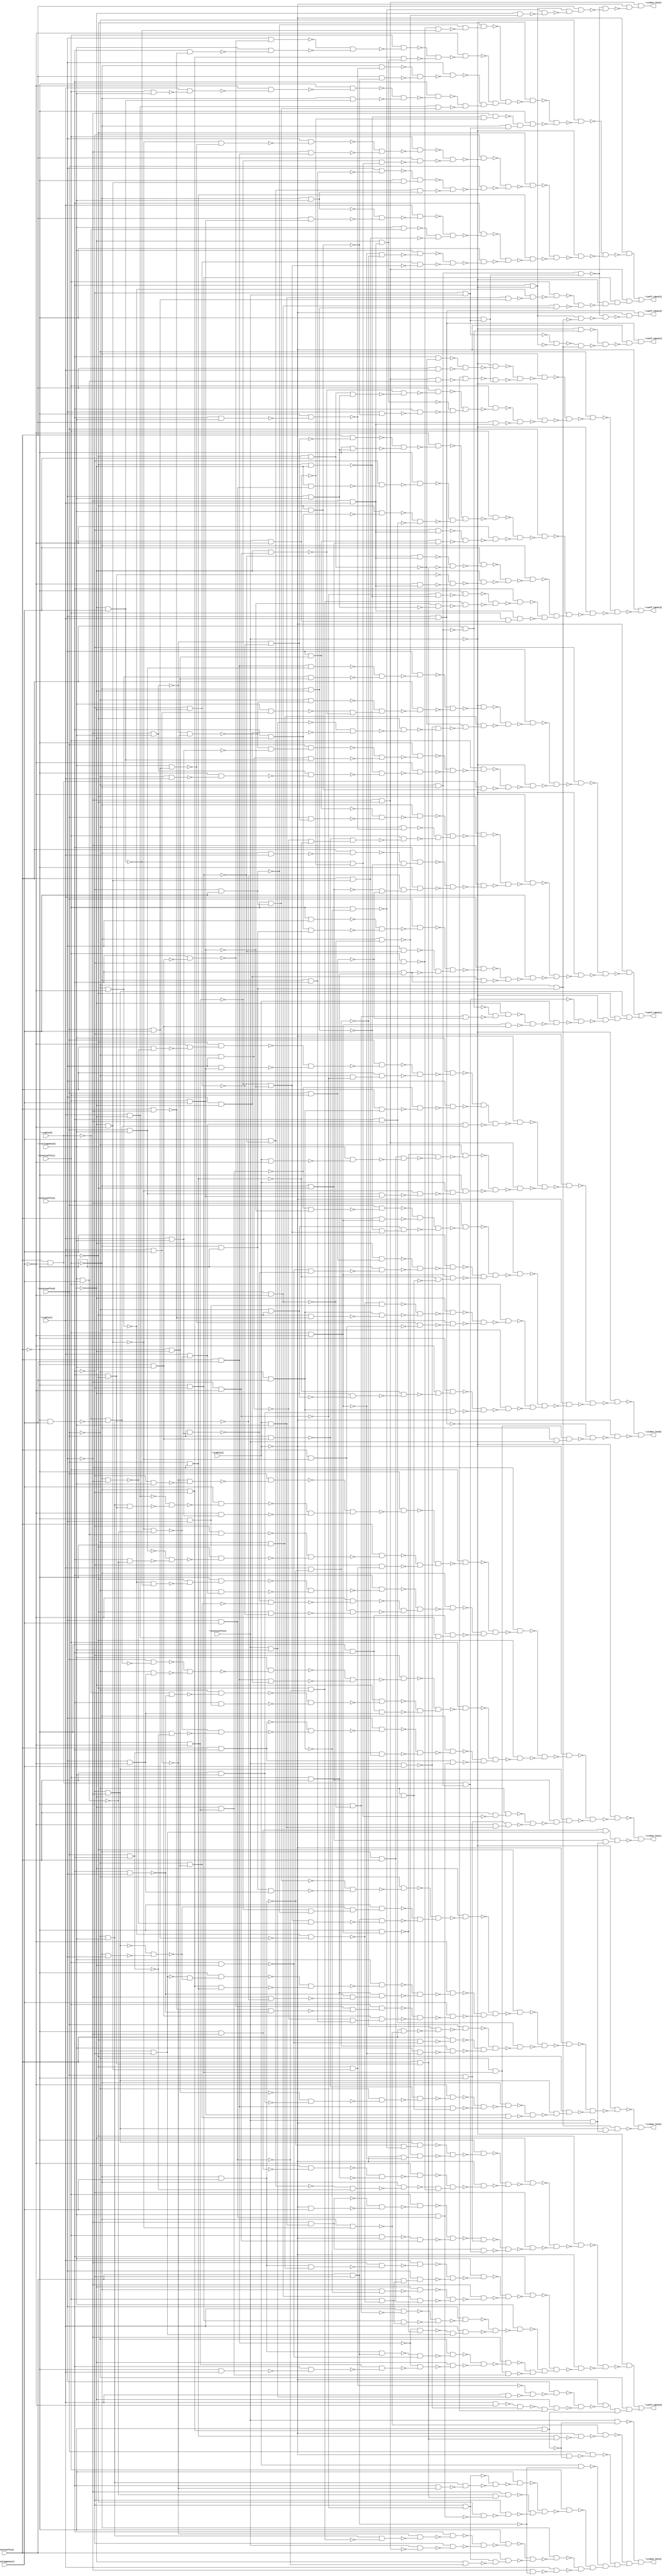
// Benchmark "top" written by ABC on Thu Oct  8 22:51:57 2020

module top ( 
    \totalcoeffs[0] , \totalcoeffs[1] , \totalcoeffs[2] , \totalcoeffs[3] ,
    \totalcoeffs[4] , \ctable[0] , \ctable[1] , \ctable[2] ,
    \trailingones[0] , \trailingones[1] ,
    \coeff_token[0] , \coeff_token[1] , \coeff_token[2] , \coeff_token[3] ,
    \coeff_token[4] , \coeff_token[5] , \ctoken_len[0] , \ctoken_len[1] ,
    \ctoken_len[2] , \ctoken_len[3] , \ctoken_len[4]   );
  input  \totalcoeffs[0] , \totalcoeffs[1] , \totalcoeffs[2] ,
    \totalcoeffs[3] , \totalcoeffs[4] , \ctable[0] , \ctable[1] ,
    \ctable[2] , \trailingones[0] , \trailingones[1] ;
  output \coeff_token[0] , \coeff_token[1] , \coeff_token[2] ,
    \coeff_token[3] , \coeff_token[4] , \coeff_token[5] , \ctoken_len[0] ,
    \ctoken_len[1] , \ctoken_len[2] , \ctoken_len[3] , \ctoken_len[4] ;
  wire new_n22_, new_n23_, new_n24_, new_n25_, new_n26_, new_n27_, new_n28_,
    new_n29_, new_n30_, new_n31_, new_n32_, new_n33_, new_n34_, new_n35_,
    new_n36_, new_n37_, new_n38_, new_n39_, new_n40_, new_n41_, new_n42_,
    new_n43_, new_n44_, new_n45_, new_n46_, new_n47_, new_n48_, new_n49_,
    new_n50_, new_n51_, new_n52_, new_n53_, new_n54_, new_n55_, new_n56_,
    new_n57_, new_n58_, new_n59_, new_n60_, new_n61_, new_n62_, new_n63_,
    new_n64_, new_n65_, new_n66_, new_n67_, new_n68_, new_n69_, new_n70_,
    new_n71_, new_n72_, new_n73_, new_n74_, new_n75_, new_n76_, new_n77_,
    new_n78_, new_n79_, new_n80_, new_n81_, new_n82_, new_n83_, new_n84_,
    new_n85_, new_n86_, new_n87_, new_n88_, new_n89_, new_n90_, new_n91_,
    new_n92_, new_n93_, new_n94_, new_n95_, new_n96_, new_n97_, new_n98_,
    new_n99_, new_n100_, new_n101_, new_n102_, new_n103_, new_n104_,
    new_n105_, new_n106_, new_n107_, new_n108_, new_n109_, new_n110_,
    new_n111_, new_n112_, new_n113_, new_n114_, new_n115_, new_n116_,
    new_n117_, new_n118_, new_n119_, new_n120_, new_n121_, new_n122_,
    new_n123_, new_n124_, new_n125_, new_n126_, new_n127_, new_n128_,
    new_n129_, new_n130_, new_n131_, new_n132_, new_n133_, new_n134_,
    new_n135_, new_n136_, new_n137_, new_n138_, new_n139_, new_n140_,
    new_n141_, new_n142_, new_n144_, new_n145_, new_n146_, new_n147_,
    new_n148_, new_n149_, new_n150_, new_n151_, new_n152_, new_n153_,
    new_n154_, new_n155_, new_n156_, new_n157_, new_n158_, new_n159_,
    new_n160_, new_n161_, new_n162_, new_n163_, new_n164_, new_n165_,
    new_n166_, new_n167_, new_n168_, new_n169_, new_n170_, new_n171_,
    new_n172_, new_n173_, new_n174_, new_n175_, new_n176_, new_n177_,
    new_n178_, new_n179_, new_n180_, new_n181_, new_n182_, new_n183_,
    new_n184_, new_n185_, new_n186_, new_n187_, new_n188_, new_n189_,
    new_n190_, new_n191_, new_n192_, new_n193_, new_n194_, new_n195_,
    new_n196_, new_n197_, new_n198_, new_n199_, new_n200_, new_n201_,
    new_n202_, new_n203_, new_n204_, new_n205_, new_n206_, new_n207_,
    new_n208_, new_n209_, new_n210_, new_n211_, new_n212_, new_n213_,
    new_n214_, new_n215_, new_n216_, new_n217_, new_n218_, new_n219_,
    new_n220_, new_n221_, new_n222_, new_n223_, new_n224_, new_n225_,
    new_n226_, new_n227_, new_n228_, new_n229_, new_n230_, new_n231_,
    new_n232_, new_n233_, new_n234_, new_n235_, new_n236_, new_n237_,
    new_n238_, new_n239_, new_n240_, new_n241_, new_n242_, new_n243_,
    new_n244_, new_n245_, new_n246_, new_n247_, new_n248_, new_n249_,
    new_n250_, new_n251_, new_n252_, new_n253_, new_n255_, new_n256_,
    new_n257_, new_n258_, new_n259_, new_n260_, new_n261_, new_n262_,
    new_n263_, new_n264_, new_n265_, new_n266_, new_n267_, new_n268_,
    new_n269_, new_n270_, new_n271_, new_n272_, new_n273_, new_n274_,
    new_n275_, new_n276_, new_n277_, new_n278_, new_n279_, new_n280_,
    new_n281_, new_n282_, new_n283_, new_n284_, new_n285_, new_n286_,
    new_n287_, new_n288_, new_n289_, new_n290_, new_n291_, new_n292_,
    new_n293_, new_n294_, new_n295_, new_n296_, new_n297_, new_n298_,
    new_n299_, new_n300_, new_n301_, new_n302_, new_n303_, new_n304_,
    new_n305_, new_n306_, new_n307_, new_n308_, new_n309_, new_n310_,
    new_n311_, new_n312_, new_n313_, new_n314_, new_n315_, new_n316_,
    new_n317_, new_n318_, new_n319_, new_n320_, new_n321_, new_n322_,
    new_n323_, new_n324_, new_n325_, new_n326_, new_n327_, new_n328_,
    new_n329_, new_n330_, new_n331_, new_n332_, new_n333_, new_n334_,
    new_n335_, new_n336_, new_n337_, new_n338_, new_n339_, new_n340_,
    new_n341_, new_n342_, new_n343_, new_n344_, new_n345_, new_n346_,
    new_n347_, new_n348_, new_n349_, new_n350_, new_n352_, new_n353_,
    new_n354_, new_n355_, new_n356_, new_n357_, new_n358_, new_n359_,
    new_n360_, new_n361_, new_n362_, new_n363_, new_n364_, new_n365_,
    new_n366_, new_n367_, new_n368_, new_n369_, new_n370_, new_n371_,
    new_n372_, new_n373_, new_n374_, new_n375_, new_n376_, new_n377_,
    new_n378_, new_n379_, new_n380_, new_n381_, new_n382_, new_n383_,
    new_n384_, new_n385_, new_n386_, new_n387_, new_n388_, new_n389_,
    new_n390_, new_n391_, new_n392_, new_n393_, new_n394_, new_n395_,
    new_n396_, new_n397_, new_n398_, new_n399_, new_n400_, new_n401_,
    new_n402_, new_n403_, new_n404_, new_n405_, new_n406_, new_n407_,
    new_n408_, new_n409_, new_n410_, new_n411_, new_n412_, new_n413_,
    new_n414_, new_n415_, new_n416_, new_n417_, new_n418_, new_n419_,
    new_n420_, new_n422_, new_n423_, new_n424_, new_n425_, new_n426_,
    new_n427_, new_n428_, new_n430_, new_n431_, new_n432_, new_n433_,
    new_n435_, new_n436_, new_n437_, new_n438_, new_n439_, new_n440_,
    new_n441_, new_n442_, new_n443_, new_n444_, new_n445_, new_n446_,
    new_n447_, new_n448_, new_n449_, new_n450_, new_n451_, new_n452_,
    new_n453_, new_n454_, new_n455_, new_n456_, new_n457_, new_n458_,
    new_n459_, new_n460_, new_n461_, new_n462_, new_n463_, new_n464_,
    new_n465_, new_n466_, new_n467_, new_n468_, new_n469_, new_n470_,
    new_n471_, new_n472_, new_n473_, new_n474_, new_n475_, new_n476_,
    new_n477_, new_n478_, new_n479_, new_n480_, new_n481_, new_n482_,
    new_n483_, new_n484_, new_n485_, new_n486_, new_n487_, new_n488_,
    new_n489_, new_n490_, new_n491_, new_n492_, new_n493_, new_n494_,
    new_n495_, new_n496_, new_n497_, new_n498_, new_n499_, new_n500_,
    new_n501_, new_n502_, new_n503_, new_n504_, new_n505_, new_n506_,
    new_n507_, new_n508_, new_n509_, new_n510_, new_n511_, new_n512_,
    new_n513_, new_n514_, new_n515_, new_n516_, new_n517_, new_n518_,
    new_n520_, new_n521_, new_n522_, new_n523_, new_n524_, new_n525_,
    new_n526_, new_n527_, new_n528_, new_n529_, new_n530_, new_n531_,
    new_n532_, new_n533_, new_n534_, new_n535_, new_n536_, new_n537_,
    new_n538_, new_n539_, new_n540_, new_n541_, new_n542_, new_n543_,
    new_n544_, new_n545_, new_n546_, new_n547_, new_n548_, new_n549_,
    new_n550_, new_n551_, new_n552_, new_n553_, new_n554_, new_n555_,
    new_n556_, new_n557_, new_n558_, new_n559_, new_n560_, new_n561_,
    new_n562_, new_n563_, new_n564_, new_n565_, new_n566_, new_n567_,
    new_n568_, new_n569_, new_n570_, new_n571_, new_n572_, new_n573_,
    new_n574_, new_n575_, new_n576_, new_n577_, new_n578_, new_n579_,
    new_n580_, new_n581_, new_n582_, new_n583_, new_n584_, new_n585_,
    new_n586_, new_n587_, new_n588_, new_n589_, new_n590_, new_n591_,
    new_n592_, new_n593_, new_n594_, new_n595_, new_n596_, new_n597_,
    new_n598_, new_n599_, new_n600_, new_n601_, new_n602_, new_n603_,
    new_n604_, new_n605_, new_n607_, new_n608_, new_n609_, new_n610_,
    new_n611_, new_n612_, new_n613_, new_n614_, new_n615_, new_n616_,
    new_n617_, new_n618_, new_n619_, new_n620_, new_n621_, new_n622_,
    new_n623_, new_n624_, new_n625_, new_n626_, new_n627_, new_n628_,
    new_n629_, new_n630_, new_n631_, new_n632_, new_n633_, new_n634_,
    new_n635_, new_n636_, new_n637_, new_n638_, new_n639_, new_n640_,
    new_n641_, new_n642_, new_n643_, new_n644_, new_n645_, new_n646_,
    new_n647_, new_n648_, new_n649_, new_n650_, new_n651_, new_n652_,
    new_n653_, new_n654_, new_n655_, new_n656_, new_n657_, new_n658_,
    new_n659_, new_n660_, new_n661_, new_n662_, new_n663_, new_n664_,
    new_n665_, new_n666_, new_n667_, new_n669_, new_n670_, new_n671_,
    new_n672_, new_n673_, new_n674_, new_n675_, new_n676_, new_n677_,
    new_n678_, new_n679_, new_n680_, new_n681_, new_n682_, new_n683_,
    new_n684_, new_n685_, new_n686_, new_n687_, new_n688_, new_n689_,
    new_n690_, new_n691_, new_n692_, new_n693_, new_n694_, new_n695_,
    new_n696_, new_n697_, new_n698_, new_n699_, new_n700_, new_n701_,
    new_n702_, new_n703_, new_n704_, new_n705_, new_n706_, new_n708_,
    new_n709_, new_n710_, new_n711_, new_n712_, new_n713_;
  assign new_n22_ = ~\totalcoeffs[3]  & ~\ctable[0] ;
  assign new_n23_ = ~\totalcoeffs[1]  & \trailingones[1] ;
  assign new_n24_ = ~\totalcoeffs[0]  & \trailingones[1] ;
  assign new_n25_ = \totalcoeffs[1]  & ~new_n24_;
  assign new_n26_ = ~new_n23_ & ~new_n25_;
  assign new_n27_ = new_n22_ & new_n26_;
  assign new_n28_ = \totalcoeffs[0]  & ~\trailingones[1] ;
  assign new_n29_ = ~\totalcoeffs[1]  & ~new_n28_;
  assign new_n30_ = \totalcoeffs[1]  & ~\trailingones[1] ;
  assign new_n31_ = ~\ctable[2]  & ~new_n30_;
  assign new_n32_ = ~new_n29_ & new_n31_;
  assign new_n33_ = ~new_n27_ & ~new_n32_;
  assign new_n34_ = ~\totalcoeffs[2]  & ~new_n33_;
  assign new_n35_ = ~\totalcoeffs[2]  & ~\ctable[0] ;
  assign new_n36_ = ~\totalcoeffs[0]  & ~new_n35_;
  assign new_n37_ = \totalcoeffs[1]  & \totalcoeffs[2] ;
  assign new_n38_ = ~new_n36_ & ~new_n37_;
  assign new_n39_ = ~\trailingones[1]  & ~new_n38_;
  assign new_n40_ = ~\totalcoeffs[2]  & ~\totalcoeffs[3] ;
  assign new_n41_ = \trailingones[1]  & ~new_n40_;
  assign new_n42_ = \totalcoeffs[0]  & \totalcoeffs[3] ;
  assign new_n43_ = ~new_n41_ & ~new_n42_;
  assign new_n44_ = ~\totalcoeffs[1]  & ~new_n43_;
  assign new_n45_ = \totalcoeffs[1]  & ~\totalcoeffs[3] ;
  assign new_n46_ = ~new_n44_ & ~new_n45_;
  assign new_n47_ = ~new_n39_ & new_n46_;
  assign new_n48_ = ~\ctable[2]  & ~new_n47_;
  assign new_n49_ = ~new_n34_ & ~new_n48_;
  assign new_n50_ = ~\trailingones[0]  & ~new_n49_;
  assign new_n51_ = \ctable[2]  & \trailingones[0] ;
  assign new_n52_ = ~\ctable[0]  & new_n51_;
  assign new_n53_ = ~\ctable[2]  & \trailingones[1] ;
  assign new_n54_ = ~new_n52_ & ~new_n53_;
  assign new_n55_ = \totalcoeffs[1]  & ~new_n54_;
  assign new_n56_ = \totalcoeffs[1]  & ~\ctable[2] ;
  assign new_n57_ = ~\ctable[0]  & ~\trailingones[1] ;
  assign new_n58_ = ~new_n56_ & new_n57_;
  assign new_n59_ = ~new_n55_ & ~new_n58_;
  assign new_n60_ = \totalcoeffs[0]  & ~\totalcoeffs[2] ;
  assign new_n61_ = ~new_n59_ & new_n60_;
  assign new_n62_ = \totalcoeffs[2]  & ~\trailingones[1] ;
  assign new_n63_ = ~\totalcoeffs[0]  & ~\totalcoeffs[1] ;
  assign new_n64_ = new_n62_ & new_n63_;
  assign new_n65_ = new_n52_ & new_n64_;
  assign new_n66_ = ~new_n61_ & ~new_n65_;
  assign new_n67_ = ~\totalcoeffs[3]  & ~new_n66_;
  assign new_n68_ = ~new_n50_ & ~new_n67_;
  assign new_n69_ = ~\ctable[1]  & ~new_n68_;
  assign new_n70_ = ~\totalcoeffs[0]  & ~\totalcoeffs[2] ;
  assign new_n71_ = new_n23_ & new_n70_;
  assign new_n72_ = ~\ctable[0]  & ~new_n71_;
  assign new_n73_ = \ctable[1]  & ~new_n72_;
  assign new_n74_ = ~\totalcoeffs[0]  & ~\trailingones[1] ;
  assign new_n75_ = \totalcoeffs[0]  & \trailingones[1] ;
  assign new_n76_ = ~new_n74_ & ~new_n75_;
  assign new_n77_ = \totalcoeffs[1]  & ~new_n76_;
  assign new_n78_ = \totalcoeffs[2]  & new_n77_;
  assign new_n79_ = \ctable[0]  & new_n78_;
  assign new_n80_ = ~new_n73_ & ~new_n79_;
  assign new_n81_ = \trailingones[0]  & ~new_n80_;
  assign new_n82_ = ~\totalcoeffs[1]  & ~new_n24_;
  assign new_n83_ = ~\trailingones[0]  & ~new_n82_;
  assign new_n84_ = ~\totalcoeffs[1]  & \totalcoeffs[2] ;
  assign new_n85_ = new_n28_ & new_n84_;
  assign new_n86_ = ~new_n83_ & ~new_n85_;
  assign new_n87_ = ~\ctable[0]  & ~new_n86_;
  assign new_n88_ = ~new_n81_ & ~new_n87_;
  assign new_n89_ = \totalcoeffs[3]  & ~new_n88_;
  assign new_n90_ = ~\totalcoeffs[2]  & ~new_n28_;
  assign new_n91_ = \ctable[1]  & ~new_n90_;
  assign new_n92_ = new_n40_ & new_n77_;
  assign new_n93_ = ~new_n91_ & ~new_n92_;
  assign new_n94_ = \ctable[0]  & ~new_n93_;
  assign new_n95_ = \totalcoeffs[2]  & \trailingones[1] ;
  assign new_n96_ = ~\totalcoeffs[2]  & new_n30_;
  assign new_n97_ = ~new_n95_ & ~new_n96_;
  assign new_n98_ = ~\totalcoeffs[0]  & ~\totalcoeffs[3] ;
  assign new_n99_ = ~new_n97_ & new_n98_;
  assign new_n100_ = \ctable[1]  & new_n99_;
  assign new_n101_ = ~new_n94_ & ~new_n100_;
  assign new_n102_ = \trailingones[0]  & ~new_n101_;
  assign new_n103_ = \totalcoeffs[2]  & ~\totalcoeffs[3] ;
  assign new_n104_ = new_n23_ & new_n103_;
  assign new_n105_ = \totalcoeffs[1]  & ~\trailingones[0] ;
  assign new_n106_ = ~new_n104_ & ~new_n105_;
  assign new_n107_ = ~\totalcoeffs[0]  & ~new_n106_;
  assign new_n108_ = ~\totalcoeffs[1]  & ~\trailingones[1] ;
  assign new_n109_ = ~\totalcoeffs[2]  & \ctable[1] ;
  assign new_n110_ = \totalcoeffs[3]  & ~new_n109_;
  assign new_n111_ = new_n108_ & ~new_n110_;
  assign new_n112_ = ~new_n95_ & ~new_n111_;
  assign new_n113_ = ~\trailingones[0]  & ~new_n112_;
  assign new_n114_ = ~new_n107_ & ~new_n113_;
  assign new_n115_ = ~\ctable[0]  & ~new_n114_;
  assign new_n116_ = ~\totalcoeffs[0]  & new_n40_;
  assign new_n117_ = ~\trailingones[0]  & new_n108_;
  assign new_n118_ = new_n116_ & new_n117_;
  assign new_n119_ = ~new_n115_ & ~new_n118_;
  assign new_n120_ = ~new_n102_ & new_n119_;
  assign new_n121_ = ~new_n89_ & new_n120_;
  assign new_n122_ = ~\ctable[2]  & ~new_n121_;
  assign new_n123_ = ~new_n69_ & ~new_n122_;
  assign new_n124_ = ~\totalcoeffs[4]  & ~new_n123_;
  assign new_n125_ = ~\trailingones[0]  & ~\trailingones[1] ;
  assign new_n126_ = ~\ctable[1]  & new_n125_;
  assign new_n127_ = \totalcoeffs[4]  & \trailingones[0] ;
  assign new_n128_ = \ctable[1]  & new_n127_;
  assign new_n129_ = ~new_n126_ & ~new_n128_;
  assign new_n130_ = \ctable[0]  & ~new_n129_;
  assign new_n131_ = \ctable[1]  & ~\trailingones[1] ;
  assign new_n132_ = \totalcoeffs[4]  & \trailingones[1] ;
  assign new_n133_ = ~new_n131_ & ~new_n132_;
  assign new_n134_ = \ctable[0]  & \ctable[1] ;
  assign new_n135_ = ~new_n133_ & ~new_n134_;
  assign new_n136_ = ~\trailingones[0]  & new_n135_;
  assign new_n137_ = ~new_n130_ & ~new_n136_;
  assign new_n138_ = ~\ctable[2]  & ~new_n137_;
  assign new_n139_ = ~\totalcoeffs[1]  & ~\totalcoeffs[3] ;
  assign new_n140_ = ~\totalcoeffs[2]  & new_n139_;
  assign new_n141_ = new_n138_ & new_n140_;
  assign new_n142_ = ~\totalcoeffs[0]  & new_n141_;
  assign \coeff_token[0]  = new_n124_ | new_n142_;
  assign new_n144_ = \totalcoeffs[0]  & \trailingones[0] ;
  assign new_n145_ = new_n95_ & new_n144_;
  assign new_n146_ = ~\totalcoeffs[2]  & ~\trailingones[0] ;
  assign new_n147_ = new_n74_ & new_n146_;
  assign new_n148_ = ~new_n145_ & ~new_n147_;
  assign new_n149_ = \ctable[0]  & ~new_n148_;
  assign new_n150_ = ~\ctable[0]  & \trailingones[0] ;
  assign new_n151_ = \ctable[1]  & \trailingones[1] ;
  assign new_n152_ = ~new_n150_ & ~new_n151_;
  assign new_n153_ = ~\totalcoeffs[0]  & ~new_n152_;
  assign new_n154_ = \trailingones[0]  & new_n151_;
  assign new_n155_ = ~\trailingones[0]  & new_n57_;
  assign new_n156_ = ~new_n154_ & ~new_n155_;
  assign new_n157_ = ~new_n153_ & new_n156_;
  assign new_n158_ = \totalcoeffs[2]  & ~new_n157_;
  assign new_n159_ = ~new_n149_ & ~new_n158_;
  assign new_n160_ = ~\totalcoeffs[4]  & ~new_n159_;
  assign new_n161_ = ~\ctable[1]  & \trailingones[1] ;
  assign new_n162_ = \ctable[0]  & ~\trailingones[0] ;
  assign new_n163_ = ~new_n127_ & ~new_n162_;
  assign new_n164_ = ~\ctable[1]  & ~new_n163_;
  assign new_n165_ = ~new_n132_ & ~new_n164_;
  assign new_n166_ = ~new_n161_ & ~new_n165_;
  assign new_n167_ = new_n70_ & new_n166_;
  assign new_n168_ = ~new_n160_ & ~new_n167_;
  assign new_n169_ = ~\totalcoeffs[1]  & ~new_n168_;
  assign new_n170_ = \ctable[1]  & \trailingones[0] ;
  assign new_n171_ = ~new_n152_ & ~new_n170_;
  assign new_n172_ = \totalcoeffs[0]  & new_n171_;
  assign new_n173_ = ~\totalcoeffs[0]  & \ctable[0] ;
  assign new_n174_ = ~\trailingones[0]  & \trailingones[1] ;
  assign new_n175_ = new_n173_ & new_n174_;
  assign new_n176_ = ~new_n172_ & ~new_n175_;
  assign new_n177_ = ~\totalcoeffs[2]  & ~new_n176_;
  assign new_n178_ = ~\ctable[1]  & ~\trailingones[0] ;
  assign new_n179_ = ~\totalcoeffs[0]  & \ctable[1] ;
  assign new_n180_ = ~\totalcoeffs[2]  & ~new_n179_;
  assign new_n181_ = new_n150_ & ~new_n180_;
  assign new_n182_ = ~new_n178_ & ~new_n181_;
  assign new_n183_ = ~\trailingones[1]  & ~new_n182_;
  assign new_n184_ = ~new_n177_ & ~new_n183_;
  assign new_n185_ = \totalcoeffs[1]  & ~new_n184_;
  assign new_n186_ = ~\ctable[1]  & \trailingones[0] ;
  assign new_n187_ = new_n62_ & new_n186_;
  assign new_n188_ = ~new_n185_ & ~new_n187_;
  assign new_n189_ = ~\totalcoeffs[4]  & ~new_n188_;
  assign new_n190_ = ~new_n169_ & ~new_n189_;
  assign new_n191_ = ~\totalcoeffs[3]  & ~new_n190_;
  assign new_n192_ = \ctable[0]  & new_n146_;
  assign new_n193_ = ~\totalcoeffs[3]  & ~\trailingones[0] ;
  assign new_n194_ = ~new_n150_ & ~new_n193_;
  assign new_n195_ = \totalcoeffs[0]  & new_n194_;
  assign new_n196_ = ~new_n192_ & ~new_n195_;
  assign new_n197_ = ~\totalcoeffs[1]  & ~new_n196_;
  assign new_n198_ = \totalcoeffs[3]  & \trailingones[0] ;
  assign new_n199_ = ~\totalcoeffs[2]  & ~new_n198_;
  assign new_n200_ = ~\totalcoeffs[0]  & ~new_n199_;
  assign new_n201_ = ~\totalcoeffs[2]  & \trailingones[0] ;
  assign new_n202_ = \totalcoeffs[0]  & new_n201_;
  assign new_n203_ = \totalcoeffs[0]  & ~\ctable[0] ;
  assign new_n204_ = ~new_n173_ & ~new_n203_;
  assign new_n205_ = ~new_n202_ & new_n204_;
  assign new_n206_ = \totalcoeffs[1]  & ~new_n205_;
  assign new_n207_ = ~new_n200_ & ~new_n206_;
  assign new_n208_ = ~new_n197_ & new_n207_;
  assign new_n209_ = ~\ctable[1]  & ~new_n208_;
  assign new_n210_ = ~\totalcoeffs[1]  & \ctable[1] ;
  assign new_n211_ = \totalcoeffs[2]  & ~new_n210_;
  assign new_n212_ = ~\totalcoeffs[1]  & ~\trailingones[0] ;
  assign new_n213_ = ~new_n211_ & ~new_n212_;
  assign new_n214_ = \totalcoeffs[3]  & new_n213_;
  assign new_n215_ = ~\totalcoeffs[0]  & \trailingones[0] ;
  assign new_n216_ = ~\totalcoeffs[1]  & ~\ctable[1] ;
  assign new_n217_ = \totalcoeffs[0]  & \totalcoeffs[1] ;
  assign new_n218_ = ~new_n216_ & ~new_n217_;
  assign new_n219_ = ~new_n215_ & new_n218_;
  assign new_n220_ = ~\totalcoeffs[2]  & new_n219_;
  assign new_n221_ = ~new_n214_ & ~new_n220_;
  assign new_n222_ = ~\ctable[0]  & ~new_n221_;
  assign new_n223_ = ~new_n209_ & ~new_n222_;
  assign new_n224_ = ~\trailingones[1]  & ~new_n223_;
  assign new_n225_ = \totalcoeffs[1]  & \ctable[0] ;
  assign new_n226_ = \totalcoeffs[3]  & ~\trailingones[0] ;
  assign new_n227_ = ~\totalcoeffs[1]  & ~\totalcoeffs[2] ;
  assign new_n228_ = new_n226_ & new_n227_;
  assign new_n229_ = ~new_n225_ & ~new_n228_;
  assign new_n230_ = \totalcoeffs[0]  & ~new_n229_;
  assign new_n231_ = \ctable[0]  & ~new_n40_;
  assign new_n232_ = \totalcoeffs[3]  & new_n37_;
  assign new_n233_ = ~new_n231_ & ~new_n232_;
  assign new_n234_ = ~new_n230_ & new_n233_;
  assign new_n235_ = \ctable[1]  & ~new_n234_;
  assign new_n236_ = new_n162_ & new_n232_;
  assign new_n237_ = ~new_n235_ & ~new_n236_;
  assign new_n238_ = \trailingones[1]  & ~new_n237_;
  assign new_n239_ = ~new_n224_ & ~new_n238_;
  assign new_n240_ = ~\totalcoeffs[4]  & ~new_n239_;
  assign new_n241_ = ~new_n191_ & ~new_n240_;
  assign new_n242_ = ~\ctable[2]  & ~new_n241_;
  assign new_n243_ = \totalcoeffs[2]  & ~new_n63_;
  assign new_n244_ = new_n90_ & ~new_n217_;
  assign new_n245_ = ~new_n243_ & ~new_n244_;
  assign new_n246_ = ~\trailingones[0]  & new_n245_;
  assign new_n247_ = new_n30_ & new_n201_;
  assign new_n248_ = ~new_n246_ & ~new_n247_;
  assign new_n249_ = \ctable[2]  & ~new_n248_;
  assign new_n250_ = ~new_n64_ & ~new_n249_;
  assign new_n251_ = ~\totalcoeffs[4]  & ~new_n250_;
  assign new_n252_ = ~\ctable[1]  & new_n251_;
  assign new_n253_ = new_n22_ & new_n252_;
  assign \coeff_token[1]  = new_n242_ | new_n253_;
  assign new_n255_ = ~\totalcoeffs[3]  & \trailingones[1] ;
  assign new_n256_ = ~new_n45_ & ~new_n174_;
  assign new_n257_ = ~new_n255_ & ~new_n256_;
  assign new_n258_ = ~\ctable[1]  & new_n257_;
  assign new_n259_ = \totalcoeffs[3]  & ~new_n201_;
  assign new_n260_ = \ctable[0]  & ~new_n259_;
  assign new_n261_ = \totalcoeffs[2]  & ~\ctable[0] ;
  assign new_n262_ = \totalcoeffs[3]  & ~new_n261_;
  assign new_n263_ = \trailingones[0]  & ~new_n262_;
  assign new_n264_ = ~new_n260_ & ~new_n263_;
  assign new_n265_ = \totalcoeffs[1]  & ~new_n264_;
  assign new_n266_ = ~\ctable[0]  & \ctable[1] ;
  assign new_n267_ = ~\trailingones[0]  & new_n266_;
  assign new_n268_ = new_n139_ & new_n267_;
  assign new_n269_ = ~new_n265_ & ~new_n268_;
  assign new_n270_ = ~\trailingones[1]  & ~new_n269_;
  assign new_n271_ = ~\totalcoeffs[1]  & ~new_n199_;
  assign new_n272_ = \totalcoeffs[2]  & ~new_n186_;
  assign new_n273_ = ~new_n271_ & ~new_n272_;
  assign new_n274_ = \ctable[0]  & ~new_n273_;
  assign new_n275_ = \totalcoeffs[1]  & \trailingones[0] ;
  assign new_n276_ = \ctable[1]  & ~new_n275_;
  assign new_n277_ = ~\trailingones[1]  & ~new_n276_;
  assign new_n278_ = ~\totalcoeffs[2]  & ~new_n277_;
  assign new_n279_ = ~\totalcoeffs[1]  & new_n174_;
  assign new_n280_ = ~new_n278_ & ~new_n279_;
  assign new_n281_ = \totalcoeffs[3]  & ~new_n280_;
  assign new_n282_ = \ctable[1]  & ~\trailingones[0] ;
  assign new_n283_ = \totalcoeffs[1]  & new_n255_;
  assign new_n284_ = new_n282_ & new_n283_;
  assign new_n285_ = ~new_n281_ & ~new_n284_;
  assign new_n286_ = ~new_n274_ & new_n285_;
  assign new_n287_ = ~new_n270_ & new_n286_;
  assign new_n288_ = ~new_n258_ & new_n287_;
  assign new_n289_ = ~\totalcoeffs[4]  & ~new_n288_;
  assign new_n290_ = \trailingones[0]  & ~\trailingones[1] ;
  assign new_n291_ = ~new_n178_ & ~new_n290_;
  assign new_n292_ = ~\ctable[0]  & new_n291_;
  assign new_n293_ = ~\totalcoeffs[3]  & \totalcoeffs[4] ;
  assign new_n294_ = ~\totalcoeffs[1]  & new_n293_;
  assign new_n295_ = ~new_n292_ & new_n294_;
  assign new_n296_ = ~\totalcoeffs[2]  & new_n295_;
  assign new_n297_ = ~new_n289_ & ~new_n296_;
  assign new_n298_ = ~\totalcoeffs[0]  & ~new_n297_;
  assign new_n299_ = \trailingones[0]  & new_n75_;
  assign new_n300_ = ~new_n125_ & ~new_n299_;
  assign new_n301_ = \ctable[0]  & ~new_n300_;
  assign new_n302_ = ~\ctable[0]  & new_n95_;
  assign new_n303_ = ~new_n301_ & ~new_n302_;
  assign new_n304_ = \totalcoeffs[1]  & ~new_n303_;
  assign new_n305_ = ~new_n174_ & ~new_n290_;
  assign new_n306_ = ~new_n108_ & new_n305_;
  assign new_n307_ = \totalcoeffs[2]  & ~new_n306_;
  assign new_n308_ = ~new_n304_ & ~new_n307_;
  assign new_n309_ = ~\totalcoeffs[3]  & ~new_n308_;
  assign new_n310_ = ~\totalcoeffs[1]  & \totalcoeffs[3] ;
  assign new_n311_ = \ctable[0]  & ~new_n310_;
  assign new_n312_ = ~\totalcoeffs[2]  & new_n125_;
  assign new_n313_ = ~new_n311_ & new_n312_;
  assign new_n314_ = ~\totalcoeffs[1]  & \trailingones[0] ;
  assign new_n315_ = new_n41_ & new_n314_;
  assign new_n316_ = ~new_n313_ & ~new_n315_;
  assign new_n317_ = \totalcoeffs[0]  & ~new_n316_;
  assign new_n318_ = ~new_n309_ & ~new_n317_;
  assign new_n319_ = ~\ctable[1]  & ~new_n318_;
  assign new_n320_ = \totalcoeffs[1]  & \trailingones[1] ;
  assign new_n321_ = \totalcoeffs[2]  & new_n320_;
  assign new_n322_ = ~new_n314_ & ~new_n321_;
  assign new_n323_ = \ctable[1]  & ~new_n322_;
  assign new_n324_ = \trailingones[0]  & ~new_n62_;
  assign new_n325_ = \totalcoeffs[2]  & new_n125_;
  assign new_n326_ = ~new_n324_ & ~new_n325_;
  assign new_n327_ = ~new_n323_ & new_n326_;
  assign new_n328_ = \totalcoeffs[3]  & ~new_n327_;
  assign new_n329_ = \ctable[1]  & ~new_n23_;
  assign new_n330_ = ~new_n30_ & ~new_n329_;
  assign new_n331_ = \trailingones[0]  & ~new_n330_;
  assign new_n332_ = ~new_n108_ & ~new_n320_;
  assign new_n333_ = new_n193_ & ~new_n332_;
  assign new_n334_ = ~new_n331_ & ~new_n333_;
  assign new_n335_ = ~\totalcoeffs[2]  & ~new_n334_;
  assign new_n336_ = ~new_n328_ & ~new_n335_;
  assign new_n337_ = new_n203_ & ~new_n336_;
  assign new_n338_ = ~new_n319_ & ~new_n337_;
  assign new_n339_ = ~\totalcoeffs[4]  & ~new_n338_;
  assign new_n340_ = ~new_n298_ & ~new_n339_;
  assign new_n341_ = ~\ctable[2]  & ~new_n340_;
  assign new_n342_ = ~\ctable[0]  & ~\ctable[1] ;
  assign new_n343_ = new_n51_ & new_n75_;
  assign new_n344_ = ~new_n74_ & ~new_n343_;
  assign new_n345_ = \totalcoeffs[1]  & ~new_n344_;
  assign new_n346_ = new_n28_ & new_n212_;
  assign new_n347_ = ~new_n345_ & ~new_n346_;
  assign new_n348_ = ~\totalcoeffs[4]  & ~new_n347_;
  assign new_n349_ = new_n40_ & new_n348_;
  assign new_n350_ = new_n342_ & new_n349_;
  assign \coeff_token[2]  = new_n341_ | new_n350_;
  assign new_n352_ = \totalcoeffs[3]  & ~new_n161_;
  assign new_n353_ = \totalcoeffs[2]  & \ctable[1] ;
  assign new_n354_ = ~new_n352_ & ~new_n353_;
  assign new_n355_ = ~\totalcoeffs[4]  & ~new_n354_;
  assign new_n356_ = \trailingones[0]  & \trailingones[1] ;
  assign new_n357_ = new_n342_ & new_n356_;
  assign new_n358_ = ~new_n134_ & ~new_n357_;
  assign new_n359_ = ~\totalcoeffs[2]  & new_n293_;
  assign new_n360_ = ~new_n358_ & new_n359_;
  assign new_n361_ = ~new_n355_ & ~new_n360_;
  assign new_n362_ = ~\totalcoeffs[1]  & ~new_n361_;
  assign new_n363_ = \ctable[0]  & \trailingones[0] ;
  assign new_n364_ = new_n161_ & new_n363_;
  assign new_n365_ = ~new_n155_ & ~new_n364_;
  assign new_n366_ = \totalcoeffs[2]  & ~new_n365_;
  assign new_n367_ = \ctable[0]  & ~new_n186_;
  assign new_n368_ = \totalcoeffs[3]  & ~new_n367_;
  assign new_n369_ = ~new_n267_ & ~new_n368_;
  assign new_n370_ = ~new_n366_ & new_n369_;
  assign new_n371_ = \totalcoeffs[1]  & ~new_n370_;
  assign new_n372_ = \totalcoeffs[2]  & new_n266_;
  assign new_n373_ = ~new_n371_ & ~new_n372_;
  assign new_n374_ = ~\totalcoeffs[4]  & ~new_n373_;
  assign new_n375_ = ~new_n362_ & ~new_n374_;
  assign new_n376_ = ~\totalcoeffs[0]  & ~new_n375_;
  assign new_n377_ = \totalcoeffs[2]  & ~new_n194_;
  assign new_n378_ = ~\totalcoeffs[2]  & new_n363_;
  assign new_n379_ = ~new_n377_ & ~new_n378_;
  assign new_n380_ = ~\trailingones[1]  & ~new_n379_;
  assign new_n381_ = \ctable[0]  & \trailingones[1] ;
  assign new_n382_ = ~\trailingones[0]  & new_n381_;
  assign new_n383_ = ~\totalcoeffs[3]  & ~new_n382_;
  assign new_n384_ = ~\totalcoeffs[2]  & ~new_n383_;
  assign new_n385_ = ~\ctable[1]  & ~new_n226_;
  assign new_n386_ = \totalcoeffs[3]  & ~\ctable[0] ;
  assign new_n387_ = ~new_n385_ & ~new_n386_;
  assign new_n388_ = ~new_n384_ & ~new_n387_;
  assign new_n389_ = ~new_n380_ & new_n388_;
  assign new_n390_ = \totalcoeffs[1]  & ~new_n389_;
  assign new_n391_ = ~\totalcoeffs[3]  & new_n266_;
  assign new_n392_ = new_n192_ & new_n216_;
  assign new_n393_ = ~new_n391_ & ~new_n392_;
  assign new_n394_ = ~\trailingones[1]  & ~new_n393_;
  assign new_n395_ = ~new_n390_ & ~new_n394_;
  assign new_n396_ = \totalcoeffs[0]  & ~new_n395_;
  assign new_n397_ = ~new_n40_ & new_n266_;
  assign new_n398_ = \totalcoeffs[3]  & ~\ctable[1] ;
  assign new_n399_ = \totalcoeffs[2]  & new_n398_;
  assign new_n400_ = ~new_n397_ & ~new_n399_;
  assign new_n401_ = \trailingones[1]  & ~new_n400_;
  assign new_n402_ = ~\trailingones[1]  & new_n266_;
  assign new_n403_ = ~new_n398_ & ~new_n402_;
  assign new_n404_ = ~\trailingones[0]  & ~new_n403_;
  assign new_n405_ = ~new_n401_ & ~new_n404_;
  assign new_n406_ = ~\totalcoeffs[1]  & ~new_n405_;
  assign new_n407_ = ~new_n57_ & ~new_n178_;
  assign new_n408_ = ~\totalcoeffs[2]  & ~new_n407_;
  assign new_n409_ = ~\ctable[1]  & ~new_n381_;
  assign new_n410_ = ~new_n320_ & ~new_n363_;
  assign new_n411_ = new_n409_ & ~new_n410_;
  assign new_n412_ = ~new_n408_ & ~new_n411_;
  assign new_n413_ = \totalcoeffs[3]  & ~new_n412_;
  assign new_n414_ = \totalcoeffs[1]  & new_n290_;
  assign new_n415_ = new_n266_ & new_n414_;
  assign new_n416_ = ~new_n413_ & ~new_n415_;
  assign new_n417_ = ~new_n406_ & new_n416_;
  assign new_n418_ = ~new_n396_ & new_n417_;
  assign new_n419_ = ~\totalcoeffs[4]  & ~new_n418_;
  assign new_n420_ = ~new_n376_ & ~new_n419_;
  assign \coeff_token[3]  = ~\ctable[2]  & ~new_n420_;
  assign new_n422_ = ~\totalcoeffs[4]  & new_n243_;
  assign new_n423_ = \totalcoeffs[3]  & ~\totalcoeffs[4] ;
  assign new_n424_ = ~new_n293_ & ~new_n423_;
  assign new_n425_ = ~\totalcoeffs[0]  & new_n227_;
  assign new_n426_ = ~new_n424_ & new_n425_;
  assign new_n427_ = ~new_n422_ & ~new_n426_;
  assign new_n428_ = ~\ctable[2]  & ~new_n427_;
  assign \coeff_token[4]  = new_n134_ & new_n428_;
  assign new_n430_ = new_n63_ & new_n359_;
  assign new_n431_ = new_n423_ & ~new_n425_;
  assign new_n432_ = ~new_n430_ & ~new_n431_;
  assign new_n433_ = ~\ctable[2]  & ~new_n432_;
  assign \coeff_token[5]  = new_n134_ & new_n433_;
  assign new_n435_ = ~\totalcoeffs[1]  & ~\ctable[0] ;
  assign new_n436_ = \totalcoeffs[2]  & ~new_n435_;
  assign new_n437_ = ~\trailingones[1]  & ~new_n436_;
  assign new_n438_ = ~\ctable[1]  & new_n437_;
  assign new_n439_ = \ctable[0]  & new_n320_;
  assign new_n440_ = ~new_n438_ & ~new_n439_;
  assign new_n441_ = \totalcoeffs[0]  & ~new_n440_;
  assign new_n442_ = ~\totalcoeffs[0]  & ~new_n57_;
  assign new_n443_ = \totalcoeffs[2]  & new_n442_;
  assign new_n444_ = ~new_n441_ & ~new_n443_;
  assign new_n445_ = \trailingones[0]  & ~new_n444_;
  assign new_n446_ = \totalcoeffs[2]  & new_n24_;
  assign new_n447_ = ~new_n117_ & ~new_n446_;
  assign new_n448_ = \ctable[0]  & ~new_n447_;
  assign new_n449_ = ~new_n445_ & ~new_n448_;
  assign new_n450_ = ~new_n125_ & ~new_n356_;
  assign new_n451_ = \ctable[1]  & ~new_n450_;
  assign new_n452_ = ~\totalcoeffs[2]  & \trailingones[1] ;
  assign new_n453_ = ~new_n62_ & ~new_n452_;
  assign new_n454_ = new_n451_ & new_n453_;
  assign new_n455_ = new_n449_ & ~new_n454_;
  assign new_n456_ = ~\ctable[2]  & ~new_n455_;
  assign new_n457_ = \ctable[2]  & ~\trailingones[1] ;
  assign new_n458_ = \trailingones[0]  & ~new_n457_;
  assign new_n459_ = new_n84_ & ~new_n458_;
  assign new_n460_ = ~new_n96_ & ~new_n459_;
  assign new_n461_ = ~\totalcoeffs[0]  & ~new_n460_;
  assign new_n462_ = new_n144_ & new_n320_;
  assign new_n463_ = ~new_n125_ & ~new_n462_;
  assign new_n464_ = \ctable[2]  & ~new_n463_;
  assign new_n465_ = ~\totalcoeffs[2]  & new_n464_;
  assign new_n466_ = ~new_n461_ & ~new_n465_;
  assign new_n467_ = new_n342_ & ~new_n466_;
  assign new_n468_ = ~new_n456_ & ~new_n467_;
  assign new_n469_ = ~\totalcoeffs[3]  & ~new_n468_;
  assign new_n470_ = ~new_n117_ & ~new_n320_;
  assign new_n471_ = \totalcoeffs[0]  & ~new_n470_;
  assign new_n472_ = \totalcoeffs[2]  & new_n30_;
  assign new_n473_ = ~new_n471_ & ~new_n472_;
  assign new_n474_ = ~\totalcoeffs[0]  & ~\ctable[1] ;
  assign new_n475_ = ~new_n212_ & new_n332_;
  assign new_n476_ = new_n474_ & new_n475_;
  assign new_n477_ = new_n473_ & ~new_n476_;
  assign new_n478_ = ~\ctable[0]  & ~new_n477_;
  assign new_n479_ = ~\trailingones[0]  & new_n217_;
  assign new_n480_ = \totalcoeffs[0]  & new_n170_;
  assign new_n481_ = ~new_n105_ & ~new_n480_;
  assign new_n482_ = ~\totalcoeffs[2]  & ~new_n481_;
  assign new_n483_ = ~new_n479_ & ~new_n482_;
  assign new_n484_ = \trailingones[1]  & ~new_n483_;
  assign new_n485_ = ~\totalcoeffs[0]  & ~\trailingones[0] ;
  assign new_n486_ = ~new_n203_ & ~new_n485_;
  assign new_n487_ = new_n30_ & new_n486_;
  assign new_n488_ = ~new_n484_ & ~new_n487_;
  assign new_n489_ = ~new_n478_ & new_n488_;
  assign new_n490_ = \totalcoeffs[3]  & ~new_n489_;
  assign new_n491_ = ~\totalcoeffs[2]  & \ctable[0] ;
  assign new_n492_ = ~new_n76_ & new_n491_;
  assign new_n493_ = ~\ctable[1]  & ~new_n261_;
  assign new_n494_ = new_n24_ & ~new_n493_;
  assign new_n495_ = ~new_n492_ & ~new_n494_;
  assign new_n496_ = ~\trailingones[0]  & ~new_n495_;
  assign new_n497_ = \totalcoeffs[2]  & ~new_n125_;
  assign new_n498_ = ~new_n299_ & ~new_n497_;
  assign new_n499_ = \ctable[1]  & ~new_n498_;
  assign new_n500_ = ~new_n496_ & ~new_n499_;
  assign new_n501_ = \totalcoeffs[1]  & ~new_n500_;
  assign new_n502_ = ~\trailingones[0]  & ~new_n474_;
  assign new_n503_ = ~new_n203_ & ~new_n502_;
  assign new_n504_ = ~\trailingones[1]  & ~new_n503_;
  assign new_n505_ = ~\totalcoeffs[2]  & new_n504_;
  assign new_n506_ = \totalcoeffs[2]  & \trailingones[0] ;
  assign new_n507_ = new_n24_ & new_n506_;
  assign new_n508_ = ~new_n505_ & ~new_n507_;
  assign new_n509_ = ~\totalcoeffs[1]  & ~new_n508_;
  assign new_n510_ = ~new_n501_ & ~new_n509_;
  assign new_n511_ = ~new_n490_ & new_n510_;
  assign new_n512_ = ~\ctable[2]  & ~new_n511_;
  assign new_n513_ = ~new_n469_ & ~new_n512_;
  assign new_n514_ = ~\totalcoeffs[4]  & ~new_n513_;
  assign new_n515_ = ~\totalcoeffs[1]  & \totalcoeffs[4] ;
  assign new_n516_ = new_n116_ & new_n515_;
  assign new_n517_ = ~new_n134_ & ~new_n516_;
  assign new_n518_ = ~\ctable[2]  & ~new_n517_;
  assign \ctoken_len[0]  = ~new_n514_ & ~new_n518_;
  assign new_n520_ = ~\totalcoeffs[3]  & \trailingones[0] ;
  assign new_n521_ = ~new_n151_ & ~new_n520_;
  assign new_n522_ = \totalcoeffs[0]  & ~new_n521_;
  assign new_n523_ = new_n215_ & new_n398_;
  assign new_n524_ = ~new_n282_ & ~new_n523_;
  assign new_n525_ = \trailingones[1]  & ~new_n524_;
  assign new_n526_ = ~\trailingones[1]  & new_n170_;
  assign new_n527_ = ~new_n525_ & ~new_n526_;
  assign new_n528_ = ~new_n522_ & new_n527_;
  assign new_n529_ = ~\totalcoeffs[2]  & ~new_n528_;
  assign new_n530_ = ~\totalcoeffs[3]  & new_n356_;
  assign new_n531_ = \totalcoeffs[3]  & ~new_n356_;
  assign new_n532_ = ~new_n144_ & ~new_n531_;
  assign new_n533_ = ~\ctable[1]  & ~new_n532_;
  assign new_n534_ = ~new_n530_ & ~new_n533_;
  assign new_n535_ = \totalcoeffs[2]  & ~new_n534_;
  assign new_n536_ = ~\totalcoeffs[3]  & new_n126_;
  assign new_n537_ = ~new_n535_ & ~new_n536_;
  assign new_n538_ = ~new_n529_ & new_n537_;
  assign new_n539_ = \totalcoeffs[1]  & ~new_n538_;
  assign new_n540_ = ~new_n74_ & ~new_n174_;
  assign new_n541_ = ~\ctable[1]  & ~new_n540_;
  assign new_n542_ = ~\totalcoeffs[2]  & new_n541_;
  assign new_n543_ = ~\totalcoeffs[0]  & new_n451_;
  assign new_n544_ = ~new_n542_ & ~new_n543_;
  assign new_n545_ = \totalcoeffs[3]  & ~new_n544_;
  assign new_n546_ = ~\totalcoeffs[0]  & new_n146_;
  assign new_n547_ = ~new_n480_ & ~new_n546_;
  assign new_n548_ = ~\trailingones[1]  & ~new_n547_;
  assign new_n549_ = ~\ctable[1]  & ~new_n193_;
  assign new_n550_ = new_n497_ & ~new_n549_;
  assign new_n551_ = ~new_n548_ & ~new_n550_;
  assign new_n552_ = ~new_n545_ & new_n551_;
  assign new_n553_ = ~\totalcoeffs[1]  & ~new_n552_;
  assign new_n554_ = ~\totalcoeffs[2]  & \totalcoeffs[3] ;
  assign new_n555_ = ~\trailingones[1]  & new_n282_;
  assign new_n556_ = new_n554_ & new_n555_;
  assign new_n557_ = ~new_n553_ & ~new_n556_;
  assign new_n558_ = ~new_n539_ & new_n557_;
  assign new_n559_ = ~\ctable[0]  & ~new_n558_;
  assign new_n560_ = \totalcoeffs[0]  & ~new_n453_;
  assign new_n561_ = \ctable[0]  & ~\trailingones[1] ;
  assign new_n562_ = ~\totalcoeffs[0]  & new_n561_;
  assign new_n563_ = ~new_n560_ & ~new_n562_;
  assign new_n564_ = \trailingones[0]  & ~new_n563_;
  assign new_n565_ = new_n95_ & new_n162_;
  assign new_n566_ = ~new_n564_ & ~new_n565_;
  assign new_n567_ = ~\totalcoeffs[3]  & ~new_n566_;
  assign new_n568_ = \totalcoeffs[3]  & \ctable[0] ;
  assign new_n569_ = ~new_n62_ & ~new_n568_;
  assign new_n570_ = ~\totalcoeffs[0]  & ~new_n569_;
  assign new_n571_ = \totalcoeffs[3]  & new_n491_;
  assign new_n572_ = ~new_n570_ & ~new_n571_;
  assign new_n573_ = ~\trailingones[0]  & ~new_n572_;
  assign new_n574_ = new_n554_ & new_n561_;
  assign new_n575_ = ~new_n573_ & ~new_n574_;
  assign new_n576_ = ~new_n567_ & new_n575_;
  assign new_n577_ = \totalcoeffs[1]  & ~new_n576_;
  assign new_n578_ = \totalcoeffs[2]  & \totalcoeffs[3] ;
  assign new_n579_ = ~\totalcoeffs[2]  & ~new_n42_;
  assign new_n580_ = ~new_n450_ & ~new_n579_;
  assign new_n581_ = ~new_n578_ & ~new_n580_;
  assign new_n582_ = \ctable[0]  & ~new_n581_;
  assign new_n583_ = new_n42_ & new_n325_;
  assign new_n584_ = ~new_n582_ & ~new_n583_;
  assign new_n585_ = ~\totalcoeffs[1]  & ~new_n584_;
  assign new_n586_ = \trailingones[0]  & new_n381_;
  assign new_n587_ = new_n578_ & new_n586_;
  assign new_n588_ = ~new_n585_ & ~new_n587_;
  assign new_n589_ = ~new_n577_ & new_n588_;
  assign new_n590_ = ~\ctable[1]  & ~new_n589_;
  assign new_n591_ = ~new_n559_ & ~new_n590_;
  assign new_n592_ = ~\ctable[2]  & ~new_n591_;
  assign new_n593_ = \totalcoeffs[2]  & ~new_n305_;
  assign new_n594_ = ~\totalcoeffs[0]  & new_n593_;
  assign new_n595_ = ~\trailingones[1]  & new_n51_;
  assign new_n596_ = new_n60_ & new_n595_;
  assign new_n597_ = ~new_n594_ & ~new_n596_;
  assign new_n598_ = new_n216_ & ~new_n597_;
  assign new_n599_ = new_n22_ & new_n598_;
  assign new_n600_ = ~new_n592_ & ~new_n599_;
  assign new_n601_ = ~\totalcoeffs[4]  & ~new_n600_;
  assign new_n602_ = new_n35_ & new_n98_;
  assign new_n603_ = \totalcoeffs[4]  & ~\ctable[2] ;
  assign new_n604_ = new_n216_ & new_n603_;
  assign new_n605_ = new_n602_ & new_n604_;
  assign \ctoken_len[1]  = ~new_n601_ & ~new_n605_;
  assign new_n607_ = new_n227_ & new_n561_;
  assign new_n608_ = ~new_n283_ & ~new_n607_;
  assign new_n609_ = ~\totalcoeffs[0]  & ~new_n608_;
  assign new_n610_ = ~\totalcoeffs[1]  & \ctable[0] ;
  assign new_n611_ = ~new_n22_ & ~new_n610_;
  assign new_n612_ = ~new_n108_ & ~new_n255_;
  assign new_n613_ = ~new_n611_ & new_n612_;
  assign new_n614_ = ~\totalcoeffs[2]  & new_n613_;
  assign new_n615_ = new_n332_ & ~new_n435_;
  assign new_n616_ = new_n103_ & ~new_n615_;
  assign new_n617_ = ~new_n614_ & ~new_n616_;
  assign new_n618_ = ~new_n609_ & new_n617_;
  assign new_n619_ = ~\trailingones[0]  & ~new_n618_;
  assign new_n620_ = ~new_n98_ & ~new_n611_;
  assign new_n621_ = ~\totalcoeffs[2]  & new_n620_;
  assign new_n622_ = new_n139_ & new_n203_;
  assign new_n623_ = ~new_n621_ & ~new_n622_;
  assign new_n624_ = \trailingones[0]  & ~new_n623_;
  assign new_n625_ = ~\ctable[0]  & ~new_n215_;
  assign new_n626_ = ~new_n568_ & ~new_n625_;
  assign new_n627_ = new_n37_ & new_n626_;
  assign new_n628_ = ~new_n624_ & ~new_n627_;
  assign new_n629_ = ~\trailingones[1]  & ~new_n628_;
  assign new_n630_ = ~new_n261_ & ~new_n568_;
  assign new_n631_ = ~new_n259_ & ~new_n630_;
  assign new_n632_ = \totalcoeffs[1]  & new_n631_;
  assign new_n633_ = ~new_n173_ & new_n310_;
  assign new_n634_ = new_n201_ & new_n633_;
  assign new_n635_ = ~new_n632_ & ~new_n634_;
  assign new_n636_ = \trailingones[1]  & ~new_n635_;
  assign new_n637_ = ~new_n629_ & ~new_n636_;
  assign new_n638_ = ~new_n619_ & new_n637_;
  assign new_n639_ = ~\ctable[1]  & ~new_n638_;
  assign new_n640_ = ~\totalcoeffs[1]  & ~new_n125_;
  assign new_n641_ = \totalcoeffs[2]  & ~new_n640_;
  assign new_n642_ = ~new_n329_ & ~new_n641_;
  assign new_n643_ = \totalcoeffs[0]  & ~new_n642_;
  assign new_n644_ = ~\ctable[1]  & ~new_n105_;
  assign new_n645_ = \totalcoeffs[2]  & ~new_n644_;
  assign new_n646_ = \trailingones[0]  & ~new_n30_;
  assign new_n647_ = new_n329_ & ~new_n646_;
  assign new_n648_ = ~new_n645_ & ~new_n647_;
  assign new_n649_ = ~new_n643_ & new_n648_;
  assign new_n650_ = new_n386_ & ~new_n649_;
  assign new_n651_ = ~new_n639_ & ~new_n650_;
  assign new_n652_ = ~\ctable[2]  & ~new_n651_;
  assign new_n653_ = ~new_n146_ & ~new_n506_;
  assign new_n654_ = ~\totalcoeffs[0]  & ~new_n653_;
  assign new_n655_ = ~new_n202_ & ~new_n654_;
  assign new_n656_ = ~\trailingones[1]  & ~new_n655_;
  assign new_n657_ = new_n95_ & new_n485_;
  assign new_n658_ = ~new_n656_ & ~new_n657_;
  assign new_n659_ = ~\totalcoeffs[1]  & ~new_n658_;
  assign new_n660_ = new_n320_ & new_n546_;
  assign new_n661_ = ~new_n659_ & ~new_n660_;
  assign new_n662_ = new_n22_ & ~new_n661_;
  assign new_n663_ = ~\ctable[1]  & new_n662_;
  assign new_n664_ = ~new_n652_ & ~new_n663_;
  assign new_n665_ = ~\totalcoeffs[4]  & ~new_n664_;
  assign new_n666_ = new_n22_ & new_n603_;
  assign new_n667_ = new_n425_ & new_n666_;
  assign \ctoken_len[2]  = ~new_n665_ & ~new_n667_;
  assign new_n669_ = \totalcoeffs[4]  & ~new_n140_;
  assign new_n670_ = new_n203_ & new_n399_;
  assign new_n671_ = ~\ctable[2]  & ~new_n670_;
  assign new_n672_ = ~new_n640_ & ~new_n671_;
  assign new_n673_ = ~\ctable[2]  & ~new_n140_;
  assign new_n674_ = \totalcoeffs[0]  & ~new_n673_;
  assign new_n675_ = \ctable[2]  & ~new_n103_;
  assign new_n676_ = ~\totalcoeffs[3]  & ~new_n57_;
  assign new_n677_ = \totalcoeffs[3]  & ~new_n151_;
  assign new_n678_ = new_n215_ & ~new_n677_;
  assign new_n679_ = ~new_n676_ & ~new_n678_;
  assign new_n680_ = ~\totalcoeffs[2]  & ~new_n679_;
  assign new_n681_ = ~new_n356_ & new_n399_;
  assign new_n682_ = ~\ctable[0]  & new_n681_;
  assign new_n683_ = ~\ctable[1]  & ~new_n586_;
  assign new_n684_ = ~\totalcoeffs[3]  & ~new_n683_;
  assign new_n685_ = ~new_n682_ & ~new_n684_;
  assign new_n686_ = ~new_n680_ & new_n685_;
  assign new_n687_ = \totalcoeffs[1]  & ~new_n686_;
  assign new_n688_ = new_n215_ & ~new_n409_;
  assign new_n689_ = ~new_n151_ & ~new_n688_;
  assign new_n690_ = \totalcoeffs[3]  & ~new_n689_;
  assign new_n691_ = \totalcoeffs[4]  & ~new_n342_;
  assign new_n692_ = ~\totalcoeffs[3]  & ~new_n691_;
  assign new_n693_ = ~new_n690_ & ~new_n692_;
  assign new_n694_ = ~\totalcoeffs[2]  & ~new_n693_;
  assign new_n695_ = ~\trailingones[0]  & ~new_n381_;
  assign new_n696_ = new_n676_ & ~new_n695_;
  assign new_n697_ = \totalcoeffs[2]  & new_n696_;
  assign new_n698_ = ~new_n694_ & ~new_n697_;
  assign new_n699_ = ~\totalcoeffs[1]  & ~new_n698_;
  assign new_n700_ = ~\ctable[0]  & ~new_n103_;
  assign new_n701_ = \ctable[1]  & ~new_n700_;
  assign new_n702_ = ~new_n699_ & ~new_n701_;
  assign new_n703_ = ~new_n687_ & new_n702_;
  assign new_n704_ = ~new_n675_ & new_n703_;
  assign new_n705_ = ~new_n674_ & new_n704_;
  assign new_n706_ = ~new_n672_ & new_n705_;
  assign \ctoken_len[3]  = ~new_n669_ & new_n706_;
  assign new_n708_ = ~\trailingones[0]  & ~new_n29_;
  assign new_n709_ = ~new_n25_ & ~new_n708_;
  assign new_n710_ = new_n423_ & ~new_n709_;
  assign new_n711_ = \totalcoeffs[2]  & new_n710_;
  assign new_n712_ = ~new_n430_ & ~new_n711_;
  assign new_n713_ = ~\ctable[2]  & ~new_n712_;
  assign \ctoken_len[4]  = new_n342_ & new_n713_;
endmodule